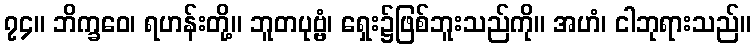
၇၄။ ဘိက္ခဝေ၊ ရဟန်းတို့။ ဘူတပုဗ္ဗံ၊ ရှေး၌ဖြစ်ဘူးသည်ကို။ အဟံ၊ ငါဘုရားသည်။